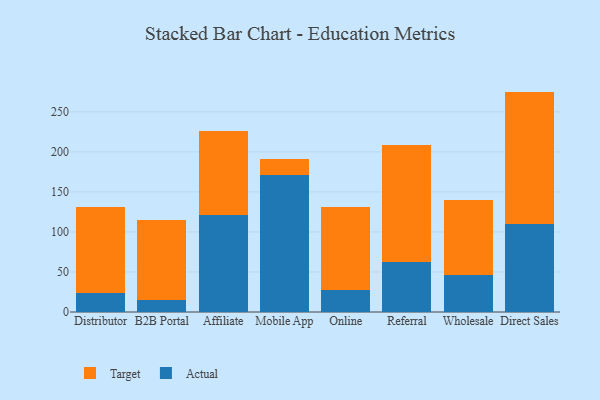
{"axis": {"x": "Channel", "y": "Inventory Turnover"}, "legend": ["Actual", "Target"], "data": [{"x": "Distributor", "y": 23.7, "type": "Actual"}, {"x": "Distributor", "y": 107.9, "type": "Target"}, {"x": "B2B Portal", "y": 15.1, "type": "Actual"}, {"x": "B2B Portal", "y": 99.9, "type": "Target"}, {"x": "Affiliate", "y": 121.7, "type": "Actual"}, {"x": "Affiliate", "y": 104.2, "type": "Target"}, {"x": "Mobile App", "y": 171.1, "type": "Actual"}, {"x": "Mobile App", "y": 20.3, "type": "Target"}, {"x": "Online", "y": 26.9, "type": "Actual"}, {"x": "Online", "y": 103.8, "type": "Target"}, {"x": "Referral", "y": 62.1, "type": "Actual"}, {"x": "Referral", "y": 146.1, "type": "Target"}, {"x": "Wholesale", "y": 46.6, "type": "Actual"}, {"x": "Wholesale", "y": 93.0, "type": "Target"}, {"x": "Direct Sales", "y": 110.1, "type": "Actual"}, {"x": "Direct Sales", "y": 165.2, "type": "Target"}]}